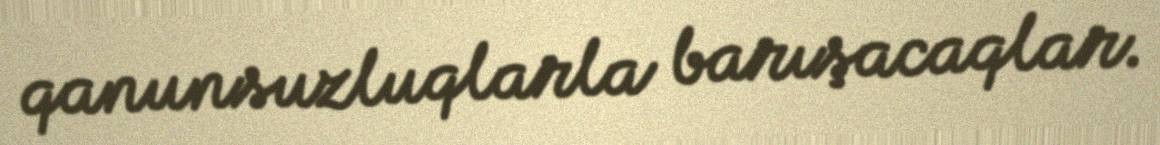
qanunsuzluqlarla barışacaqlar.